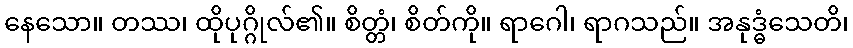
နေသော။ တဿ၊ ထိုပုဂ္ဂိုလ်၏။ စိတ္တံ၊ စိတ်ကို။ ရာဂေါ၊ ရာဂသည်။ အနုဒ္ဓံသေတိ၊